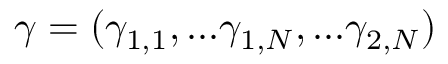
\gamma = ( \gamma _ { 1 , 1 } , . . . \gamma _ { 1 , N } , . . . \gamma _ { 2 , N } )